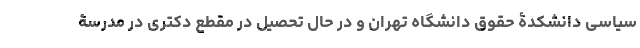
سیاسی دانشکدۀ حقوق دانشگاه تهران و در حال تحصیل در مقطع دکتری در مدرسۀ